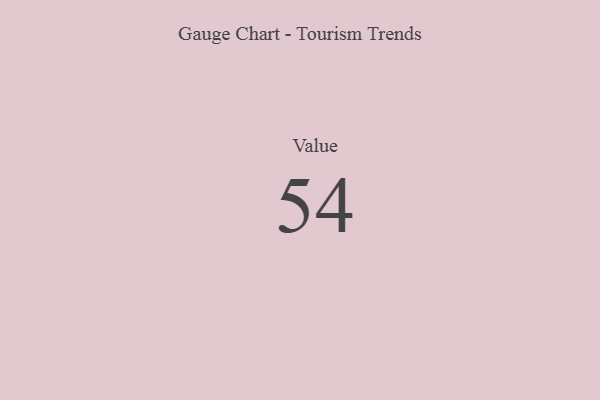
{"axis": {"x": "Metric", "y": "Value"}, "legend": [""], "data": [{"x": "Value", "y": 54, "type": ""}]}